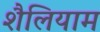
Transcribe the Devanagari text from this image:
शैलियाम